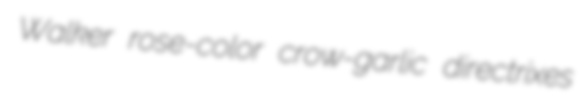
Walker rose-color crow-garlic directrixes